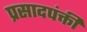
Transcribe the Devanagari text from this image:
प्रसादपंक्ती